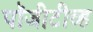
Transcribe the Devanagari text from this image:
पॉजीटीव्ह